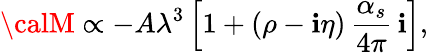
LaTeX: {\calM}\propto-A\lambda^{3}\left[1+(\rho-\mathbf{i}\eta)\, {\frac{{\alpha_{s}}}{{4\pi}}}\, \mathbf{i}\right],